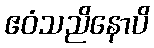
ဧဝံသညိနောပိ